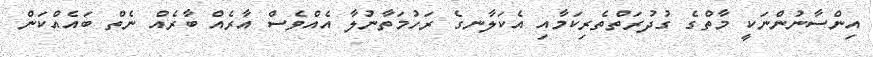
އިންސާނުންނަކީ މާތްގެ ގުދުރަތްތެރިކަމާއި އެކަލާނގެ ރަހުމަތާނުލާ އެއްވެސް އާރެއް ބާރެއް ނެތް ބައެއްކަން